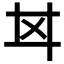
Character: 𢌰